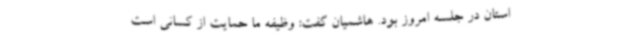
استان در جلسه امروز بود. هاشمیان گفت: وظیفه ما حمایت از کسانی است